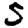
Digit: 3